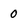
Character: 0